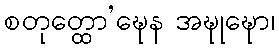
စတုတ္ထော’ဍ္ဎေန အဍ္ဎုဍ္ဎော၊